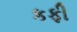
કફી